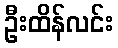
ဦးထိန်လင်း